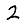
Digit: 2